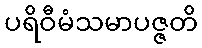
ပရိဝီမံသမာပဇ္ဇတိ